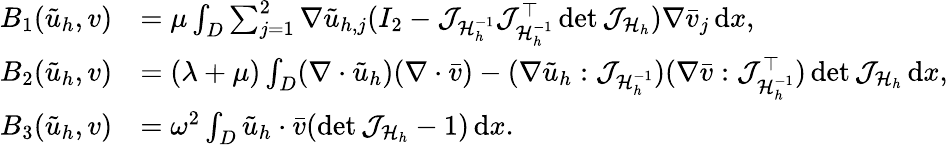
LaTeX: \begin{array}{rl}{B_{1}(\tilde{u}_{h},v)}&{=\mu\int_{D}\sum_{j=1}^{2}\nabla\tilde{u}_{h,j}(I_{2}-\mathcal{J}_{\mathcal{H}_{h}^{-1}}\mathcal{J}_{\mathcal{H}_{h}^{-1}}^{\top}\operatorname*{det}{\mathcal{J}_{\mathcal{H}_{h}}})\nabla\bar{v}_{j}\, \mathrm{d}x,}\\ {B_{2}(\tilde{u}_{h},v)}&{=(\lambda+\mu)\int_{D}(\nabla\cdot\tilde{u}_{h})(\nabla\cdot\bar{v})-(\nabla\tilde{u}_{h}:\mathcal{J}_{\mathcal{H}_{h}^{-1}})(\nabla\bar{{v}}:\mathcal{J}_{\mathcal{H}_{h}^{-1}}^{\top})\operatorname*{det}{\mathcal{J}_{\mathcal{H}_{h}}}\, \mathrm{d}x,}\\ {B_{3}(\tilde{u}_{h},v)}&{=\omega^{2}\int_{D}\tilde{u}_{h}\cdot\bar{v}(\operatorname*{det}{\mathcal{J}_{\mathcal{H}_{h}}}-1)\, \mathrm{d}x.}\end{array}